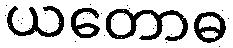
ယတောဓ